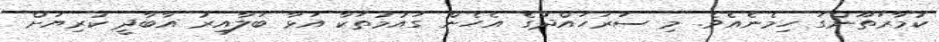
ކުމާރަތޫންގަ ހިމެނެއެވެ. މި ސަރަހައްދުގެ އެހެން ގައުމުތަކާ އަޅާ ބަލާއިރު އާބާދީ ކުރިޔަށް